Mental hospitals Bombay report 1929-33 - 1929-1933
Year: 1929
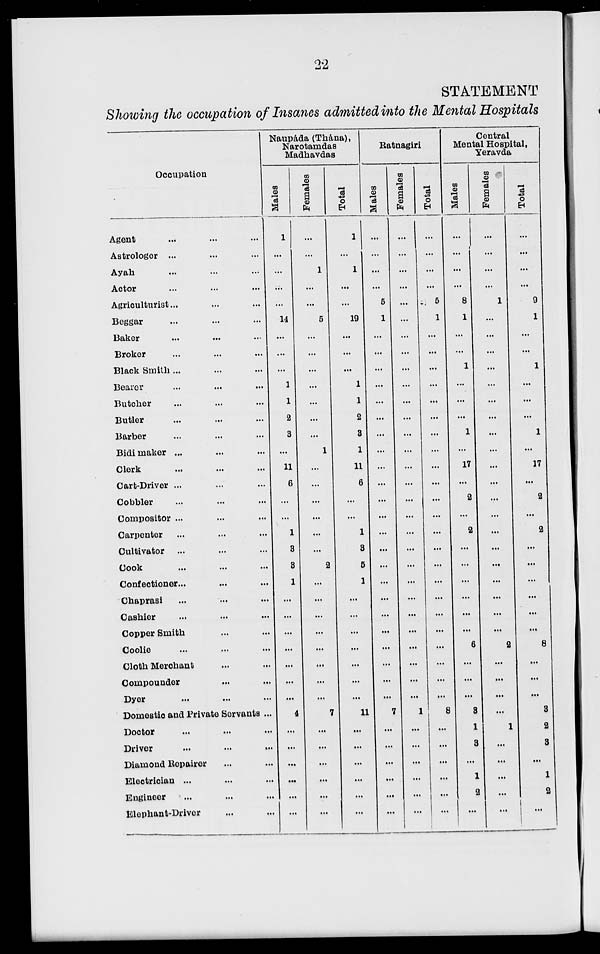
22
STATEMENT
Showing the occupation of Insanes admitted into the Mental Hospitals
Occupation
Agent ... ... ...
Astrologer ... ... ...
Ayah ... ... ...
Actor ... ... ...
Agriculturist ... ... ...
Beggar ... ... ...
Baker ... ... ...
Broker ... ... ...
Black Smith ... ... ...
Bearer ... ... ...
Butcher ... ... ...
Butler ... ... ...
Barber ... ... ...
Bidi maker ... ... ...
Clerk ... ... ...
Cart-Driver ... ... ...
Cobbler ... ... ...
Compositor ... ... ...
Carpenter ... ... ...
Cultivator ... ... ...
Cook ... ... ...
Confectioner ... ... ...
Chaprasi ... ... ...
Cashier ... ... ...
Copper Smith ... ... ...
Coolie ... ... ...
Cloth Merchant ... ... ...
Compounder ... ... ...
Dyer ... ... ...
Domestic and Private Servants ...
Doctor ... ... ...
Driver
...
...
...
Diamond Repairer ... ...
Electrician ... ... ...
Engineer ... ... ...
Elephant-Driver ... ...
Naupáda (Thána),
Narotamdas
Madhavdas
Males
1
...
...
...
...
14
...
...
...
1
1
2
3
...
11
6
...
...
1
3
3
1
...
...
...
...
...
...
...
4
...
...
...
...
...
...
Females
...
...
1
...
...
5
...
...
...
...
...
...
...
1
...
...
...
...
...
...
2
...
...
...
...
...
...
...
...
7
...
...
...
...
...
...
Total
1
...
1
...
...
19
...
...
...
1
1
2
3
1
11
6
...
...
1
3
5
1
...
...
...
...
...
...
...
11
...
...
...
...
...
...
Ratnagiri
Males
...
...
...
...
5
1
...
...
...
...
...
...
...
...
...
...
...
...
...
...
...
...
...
...
...
...
...
...
...
7
...
...
...
...
...
...
Females
...
...
...
...
...
...
...
...
...
...
...
...
...
...
...
...
...
...
...
...
...
...
...
...
...
...
...
...
...
1
...
...
...
...
...
...
Total
...
...
...
...
5
1
...
...
...
...
...
...
...
...
...
...
...
...
...
...
...
...
...
...
...
...
...
...
8
...
...
...
...
...
...
Central
Mental Hospital,
Yeravda
Males
...
...
...
...
8
1
...
...
1
...
...
...
1
...
17
...
2
...
2
...
...
...
...
...
...
6
...
...
...
3
1
3
...
1
2
...
Females
...
...
...
...
1
...
...
...
...
...
...
...
...
...
...
...
...
...
...
...
...
...
...
...
...
2
...
...
...
...
1
...
...
...
...
...
Total
...
...
...
...
9
1
...
...
1
...
...
...
1
...
17
...
2
...
2
...
...
...
...
...
...
8
...
...
...
3
2
3
...
1
2
...